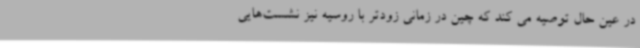
در عین حال توصیه می کند که چین در زمانی زودتر با روسیه نیز نشست‌هایی